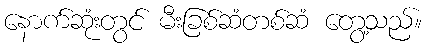
နောက်ဆုံးတွင် မီးခြစ်ဆံတစ်ဆံ တွေ့သည်။